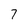
Character: 7